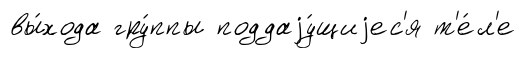
вы́хода гру́ппы поддаjу́щиjес'я т'е́л'е